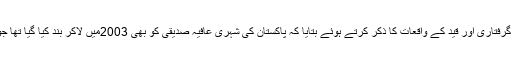
گفتگو کے دوران سہراب خان نے اپنی گرفتاری اور قید کے واقعات کا ذکر کرتے ہوئے بتایا کہ پاکستان کی شہری عافیہ صدیقی کو بھی 2003میں لاکر بند کیا گیا تھا جو پوری جیل میں واحد خاتون قیدی تھی۔